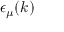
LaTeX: \epsilon _ { \mu } ( k )